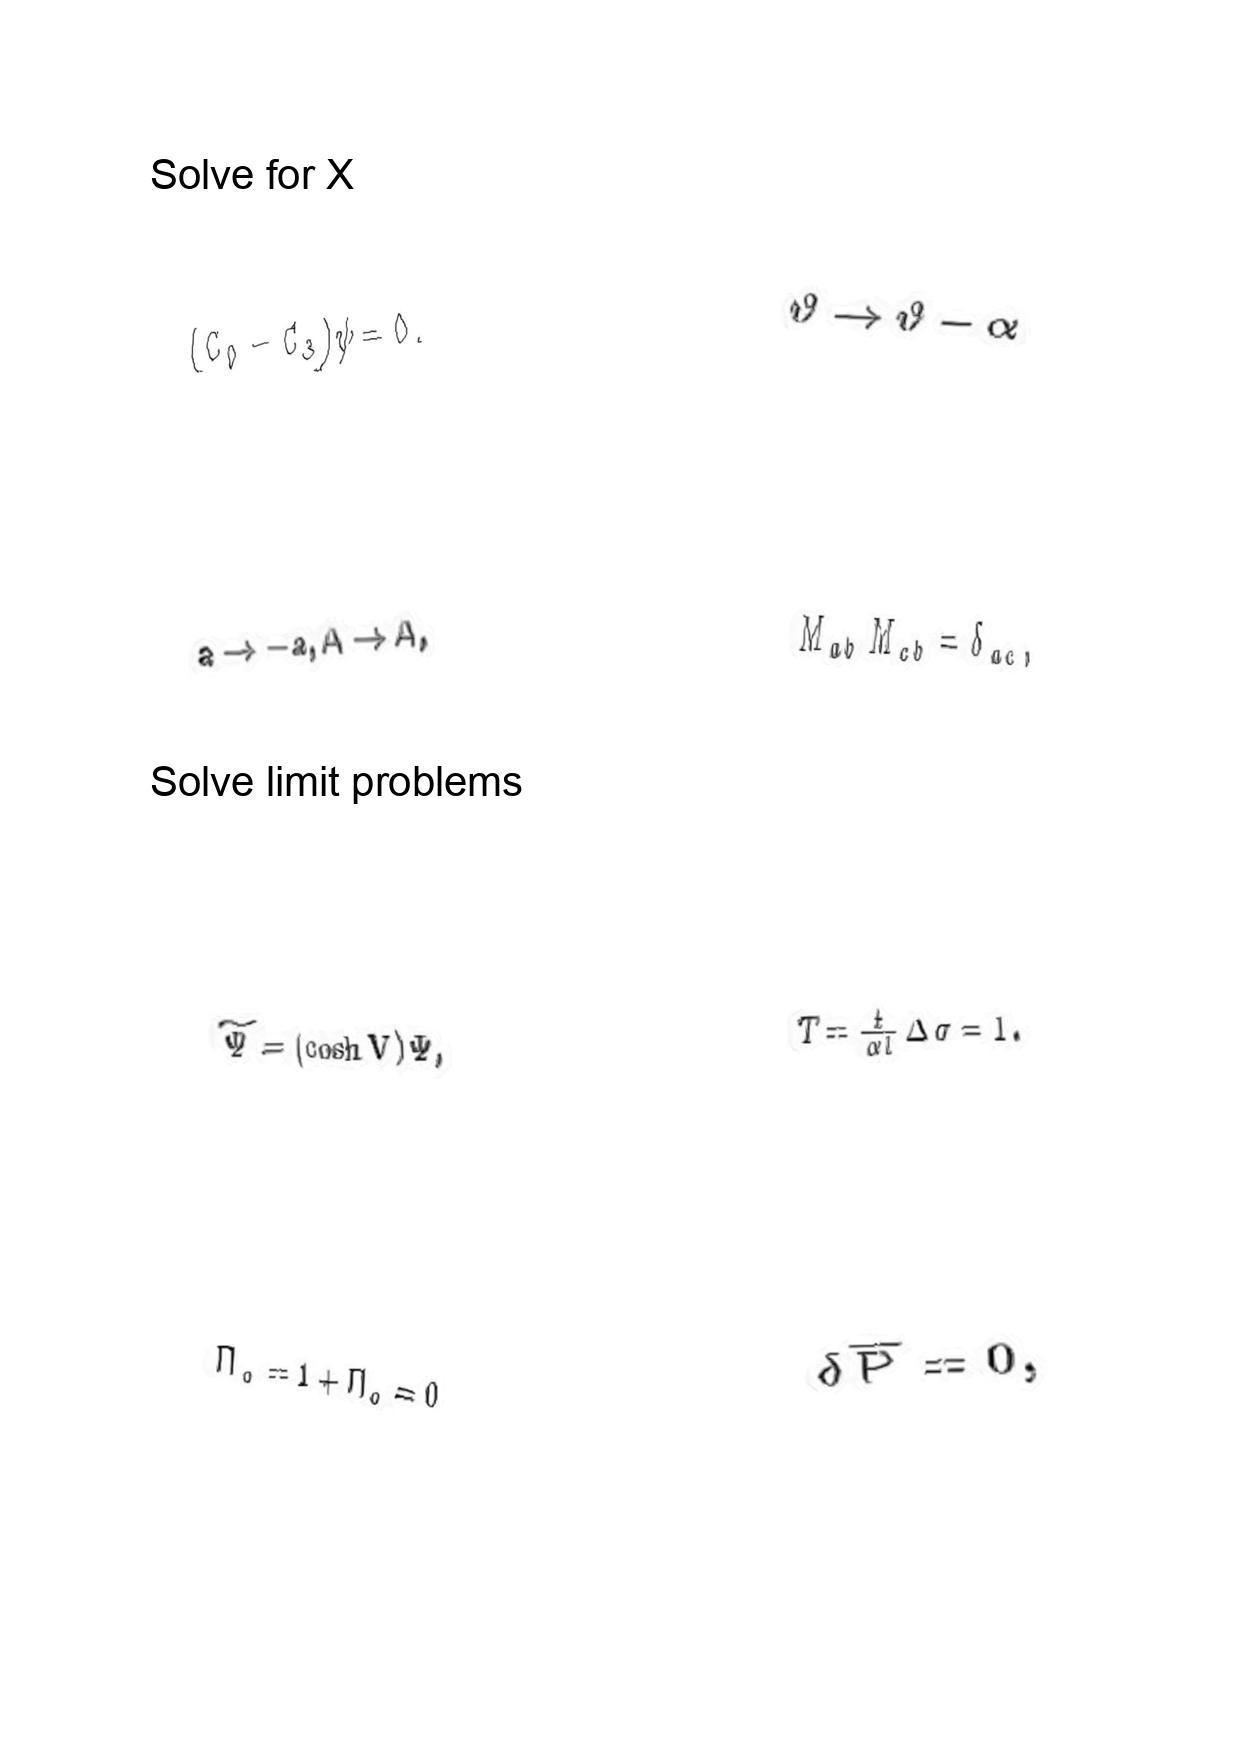
LaTeX transcription:
\lparen C _ { 0 } - C _ { 3 } \rparen \psi = 0 .
a \rightarrow - a , A \rightarrow A ,
\tilde { \Psi } = \lparen \cosh V \rparen \Psi ,
\tilde { \Pi } _ { o } = 1 + \Pi _ { o } = 0
\vartheta \rightarrow \vartheta - \alpha
M _ { a b } M _ { c b } = \delta _ { a c } ,
T = \frac { t } { \alpha l } \Delta \sigma = 1 .
\delta \overline { P } = 0 ,